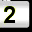
Digit: 2